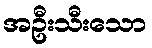
အဦးသီးသော